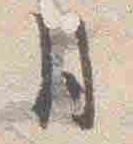
月